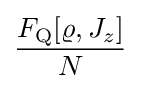
{\frac {F_{\rm {Q}}[\varrho ,J_{z}]}{N}}